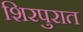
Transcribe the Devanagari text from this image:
शिरपुरात